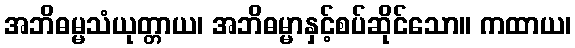
အဘိဓမ္မသံယုတ္တာယ၊ အဘိဓမ္မာနှင့်စပ်ဆိုင်သော။ ကထာယ၊